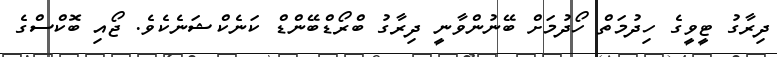
ދިރާގު ޓީވީގެ ހިދުމަތް ހޯދުމަށް ބޭނުންވާނީ ދިރާގު ބްރޯޑްބޭންޑް ކަނެކްޝަނެކެވެ. ޖޯއި ބޮކްސްގެ